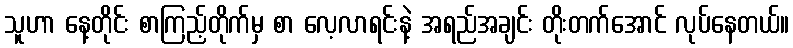
သူဟာ နေ့တိုင်း စာကြည့်တိုက်မှ စာ လေ့လာရင်းနဲ့ အရည်အချင်း တိုးတက်အောင် လုပ်နေတယ်။